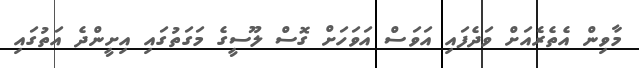
މާވިން އެތެރެއަށް ވަދެފައި އަވަސް އަވަހަށް ގޮސް ލޫސީގެ މަގަތުގައި އިށީންދެ އަތުގައި